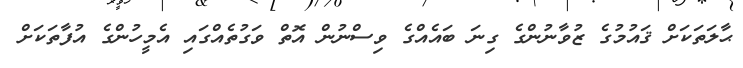
ޙާލަތަކަށް ޤައުމުގެ ޒުވާނުންގެ ގިނަ ބައެއްގެ ވިސްނުން އޮތް ވަގުތެއްގައި އެމީހުންގެ އުފާތަކަށް